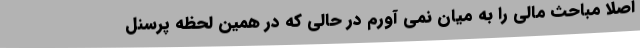
اصلا مباحث مالی را به میان نمی آورم در حالی که در همین لحظه پرسنل